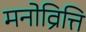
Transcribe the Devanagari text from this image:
मनोव्रित्ति